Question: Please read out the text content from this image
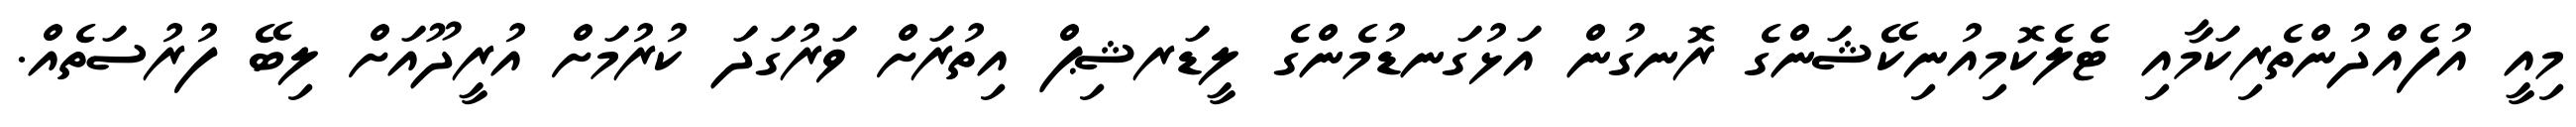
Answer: މިއީ އުފެއްދުންތެރިކަމާއި ޓެލެކޮމިއުނިކޭޝަންގެ ރޮނގުން އަޅުގަނޑުމެންގެ ލީޑަރޝިޕް އިތުރަށް ވަރުގަދަ ކުރުމަށް އުރީދޫއަށް ލިބޭ ފުރުސަތެއް.